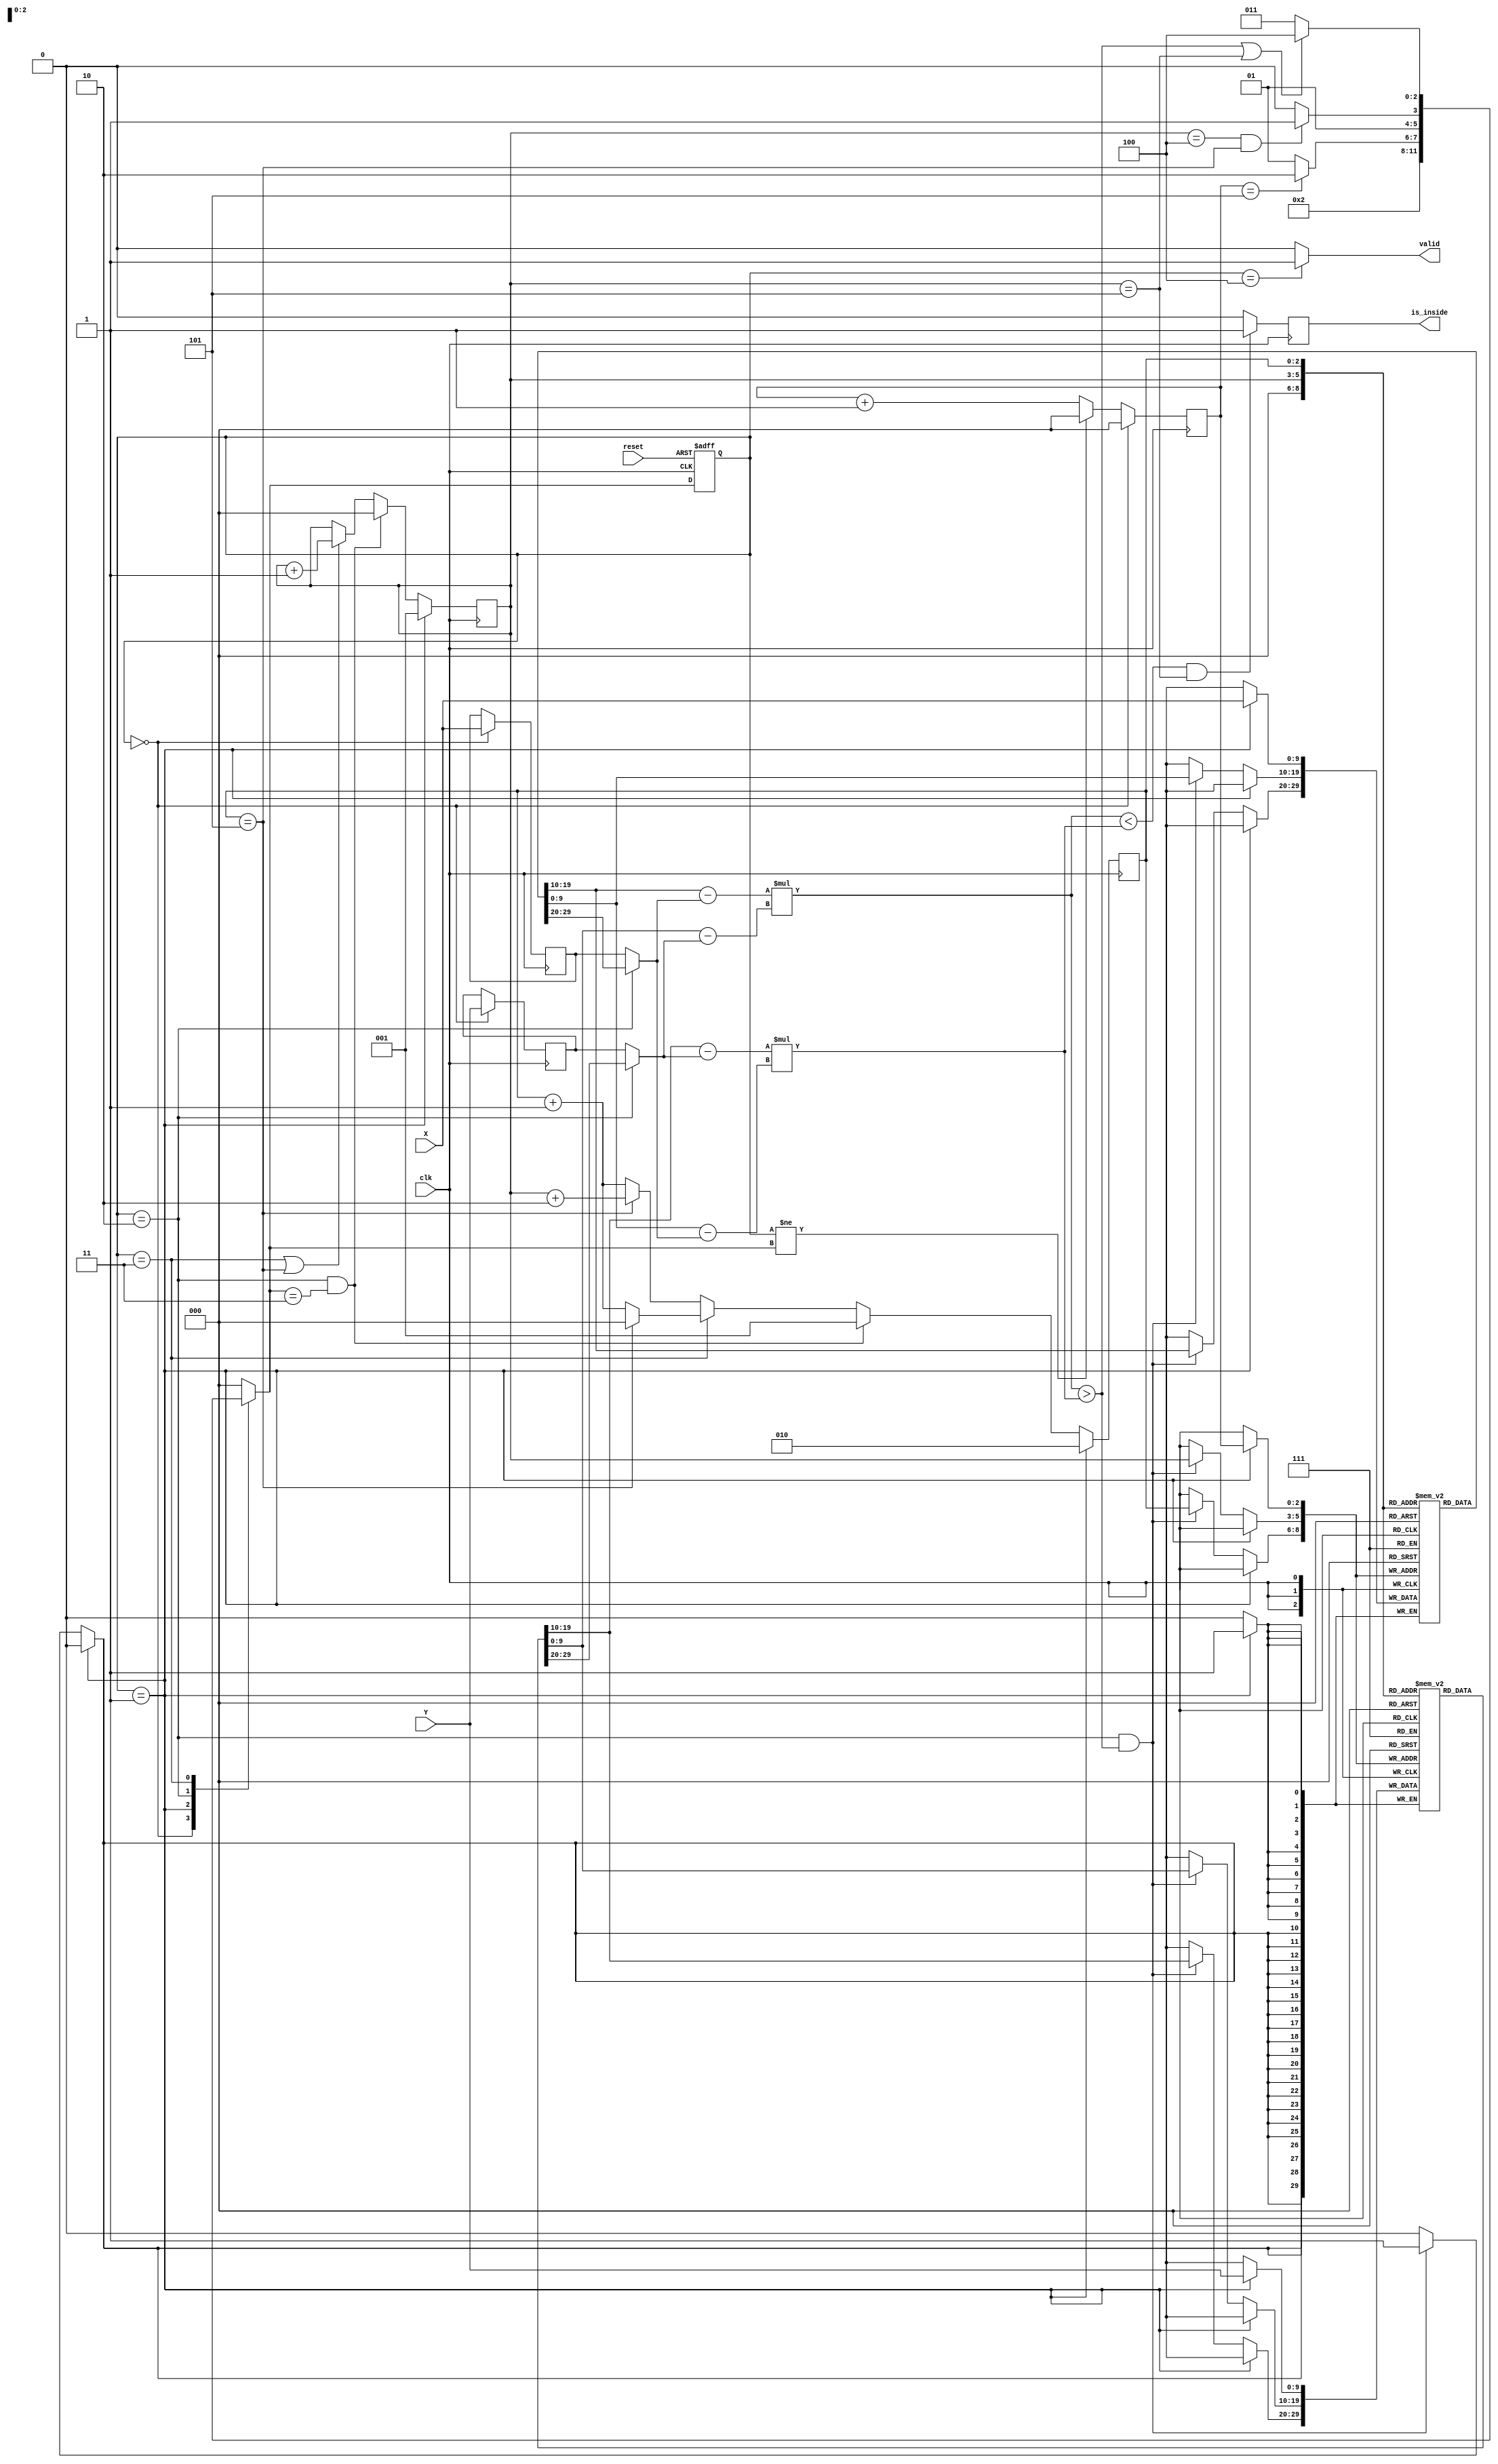
module geofence ( clk,reset,X,Y,valid,is_inside);
  
  input clk;
  input reset;
  input [9:0] X;
  input [9:0] Y;
  output reg valid;
  output reg is_inside;
  
  parameter RST    = 3'b000,
            GET    = 3'b001,
            SORT   = 3'b010,
            DETECT = 3'b011,
            VALID  = 3'b100;
  
  reg [9:0] DUT_X;
  reg [9:0] DUT_Y;
  
  reg [9:0] receiver_x [0:5];
  reg [9:0] receiver_y [0:5];
  
  reg [2:0] counter;
  
  reg [2:0] state;
  reg [2:0] n_state;
  
  reg [2:0] index1;
  reg [2:0] index2;
  
  wire signed [10:0] x0;
  wire signed [10:0] y0;
  wire signed [10:0] x1;
  wire signed [10:0] y1;
  wire signed [10:0] x2;
  wire signed [10:0] y2;
  
  wire signed [10:0] Ax;
  wire signed [10:0] Ay;
  wire signed [10:0] Bx;
  wire signed [10:0] By;
  
  wire signed [20:0] mul_Ax_By;
  wire signed [20:0] mul_Ay_Bx;
  
  assign x0 = (state==SORT)?{1'b0, receiver_x[0]}:{1'b0, DUT_X};
  assign y0 = (state==SORT)?{1'b0, receiver_y[0]}:{1'b0, DUT_Y};
  assign x1 = {1'b0, receiver_x[index1]};
  assign y1 = {1'b0, receiver_y[index1]};
  assign x2 = {1'b0, receiver_x[index2]};
  assign y2 = {1'b0, receiver_y[index2]};
  
  assign Ax = x1 - x0;
  assign Ay = y1 - y0;
  assign Bx = x2 - x0;
  assign By = y2 - y0;
  
  assign mul_Ax_By = Ax * By;
  assign mul_Ay_Bx = Ay * Bx;
  
  always@(posedge clk or posedge reset)begin
    if(reset)begin
      state <= RST;
    end else begin
      state <= n_state;
    end
  end
  
  always@(posedge clk)begin
    if(state==RST)begin
      counter <= 3'd0;
    end else if(state!=n_state)begin
      counter <= 3'd0;
    end else begin
      counter <= counter + 3'd1;
    end
  end
  
  always@(posedge clk)begin
    if(state==RST)begin
      DUT_X <= X;
      DUT_Y <= Y;
    end
  end
  
  always@(posedge clk)begin
    if(state==GET)begin
      receiver_x[counter] <= X;
      receiver_y[counter] <= Y;
    end else if(state==SORT && mul_Ax_By>mul_Ay_Bx)begin
      receiver_x[index1] <= x2[9:0];
      receiver_y[index1] <= y2[9:0];
      receiver_x[index2] <= x1[9:0];
      receiver_y[index2] <= y1[9:0];
    end
  end
  /*
  always@(posedge clk)begin
    if(state==GET)begin
      index1 <= 3'd1;
      index2 <= 3'd2;
    end else if(state==SORT && n_state==DETECT)begin
      index1 <= 3'd0;
      index2 <= 3'd1;
    end else if(state==DETECT)begin
      index1 <= index1 + 3'd1;
      index2 <= (index2==3'd5)?3'd0:index2 + 3'd1;
    end else if(index2==3'd5)begin
      index1 <= index1 + 3'd1;
      index2 <= index1 + 3'd2;
    end else begin
      index1 <= index1;
      index2 <= index2 + 3'd1;
    end
  end
  */
  always@(posedge clk)begin
    if(state==GET)begin
      index1 <= 3'd1;
    end else if(state==SORT && n_state==DETECT)begin
      index1 <= 3'd0;
    end else if(state==DETECT || index2==3'd5)begin
      index1 <= index1 + 3'd1;
    end else begin
      index1 <= index1;
    end
  end
  
  always@(posedge clk)begin
    if(state==GET)begin
      index2 <= 3'd2;
    end else if(state==SORT && n_state==DETECT)begin
      index2 <= 3'd1;
    end else if(state==DETECT)begin
      index2 <= (index2==3'd5)?3'd0:index2 + 3'd1;
    end else if(index2==3'd5)begin
      index2 <= index1 + 3'd2;
    end else begin
      index2 <= index2 + 3'd1;
    end
  end
  
  always@(posedge clk)begin
    if(mul_Ax_By<mul_Ay_Bx && index1==3'd5)begin
      is_inside <= 1'b1;
    end else begin
      is_inside <= 1'b0;
    end
  end
  
  always@(*)begin
    case(state)
      RST:begin
        valid = 1'b0;
        n_state = GET;
      end
      GET:begin
        valid = 1'b0;
        n_state = (counter==3'd5)?SORT:GET;
      end
      SORT:begin
        valid = 1'b0;
        n_state = (index1==3'd4 && index2==3'd5)?DETECT:SORT;
      end
      DETECT:begin
        valid = 1'b0;
        n_state = (mul_Ax_By>mul_Ay_Bx || index1==3'd5)?VALID:DETECT;
      end
      VALID:begin
        valid = 1'b1;
        n_state = RST;
      end
      default:begin
        valid = 1'b0;
        n_state = RST;
      end
    endcase
  end
  
endmodule